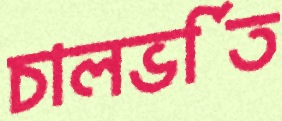
চালভর্তি